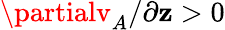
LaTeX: \partialv_{A}/\partial\mathbf{z}>0